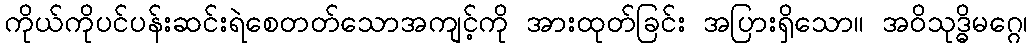
ကိုယ်ကိုပင်ပန်းဆင်းရဲစေတတ်သောအကျင့်ကို အားထုတ်ခြင်း အပြားရှိသော။ အဝိသုဒ္ဓိမဂ္ဂေ၊